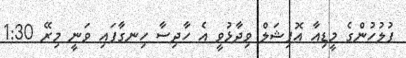
ފުލުހުންގެ މީޑިއާ އޮފިޝަލް ވިދާޅުވީ އެ ހާދިސާ ހިނގާފައި ވަނީ މިރޭ 1:30